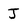
Character: J